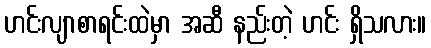
ဟင်းလျာစာရင်းထဲမှာ အဆီ နည်းတဲ့ ဟင်း ရှိသလား။